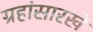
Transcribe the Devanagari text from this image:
ग्रहांसारखे